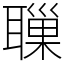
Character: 𦗔